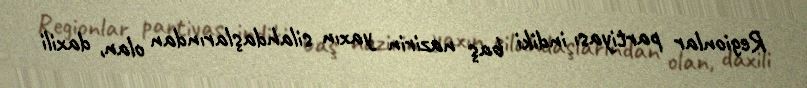
Regionlar partiyası indiki baş nazirin yaxın silahdaşlarından olan, daxili